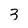
Character: 3